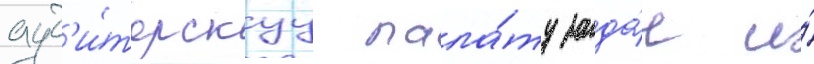
ауд'и́торскуу пала́ту зада́ч и́